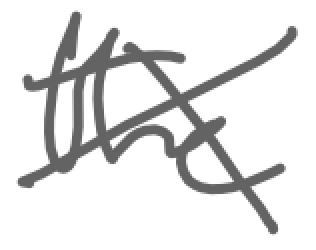
Text: the
Cross-out: cross
Writing tool: digital_gray